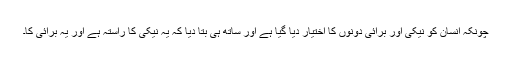
چونکہ انسان کو نیکی اور برائی دونوں کا اختیار دیا گیا ہے اور ساتھ ہی بتا دیا کہ یہ نیکی کا راستہ ہے اور یہ برائی کا۔